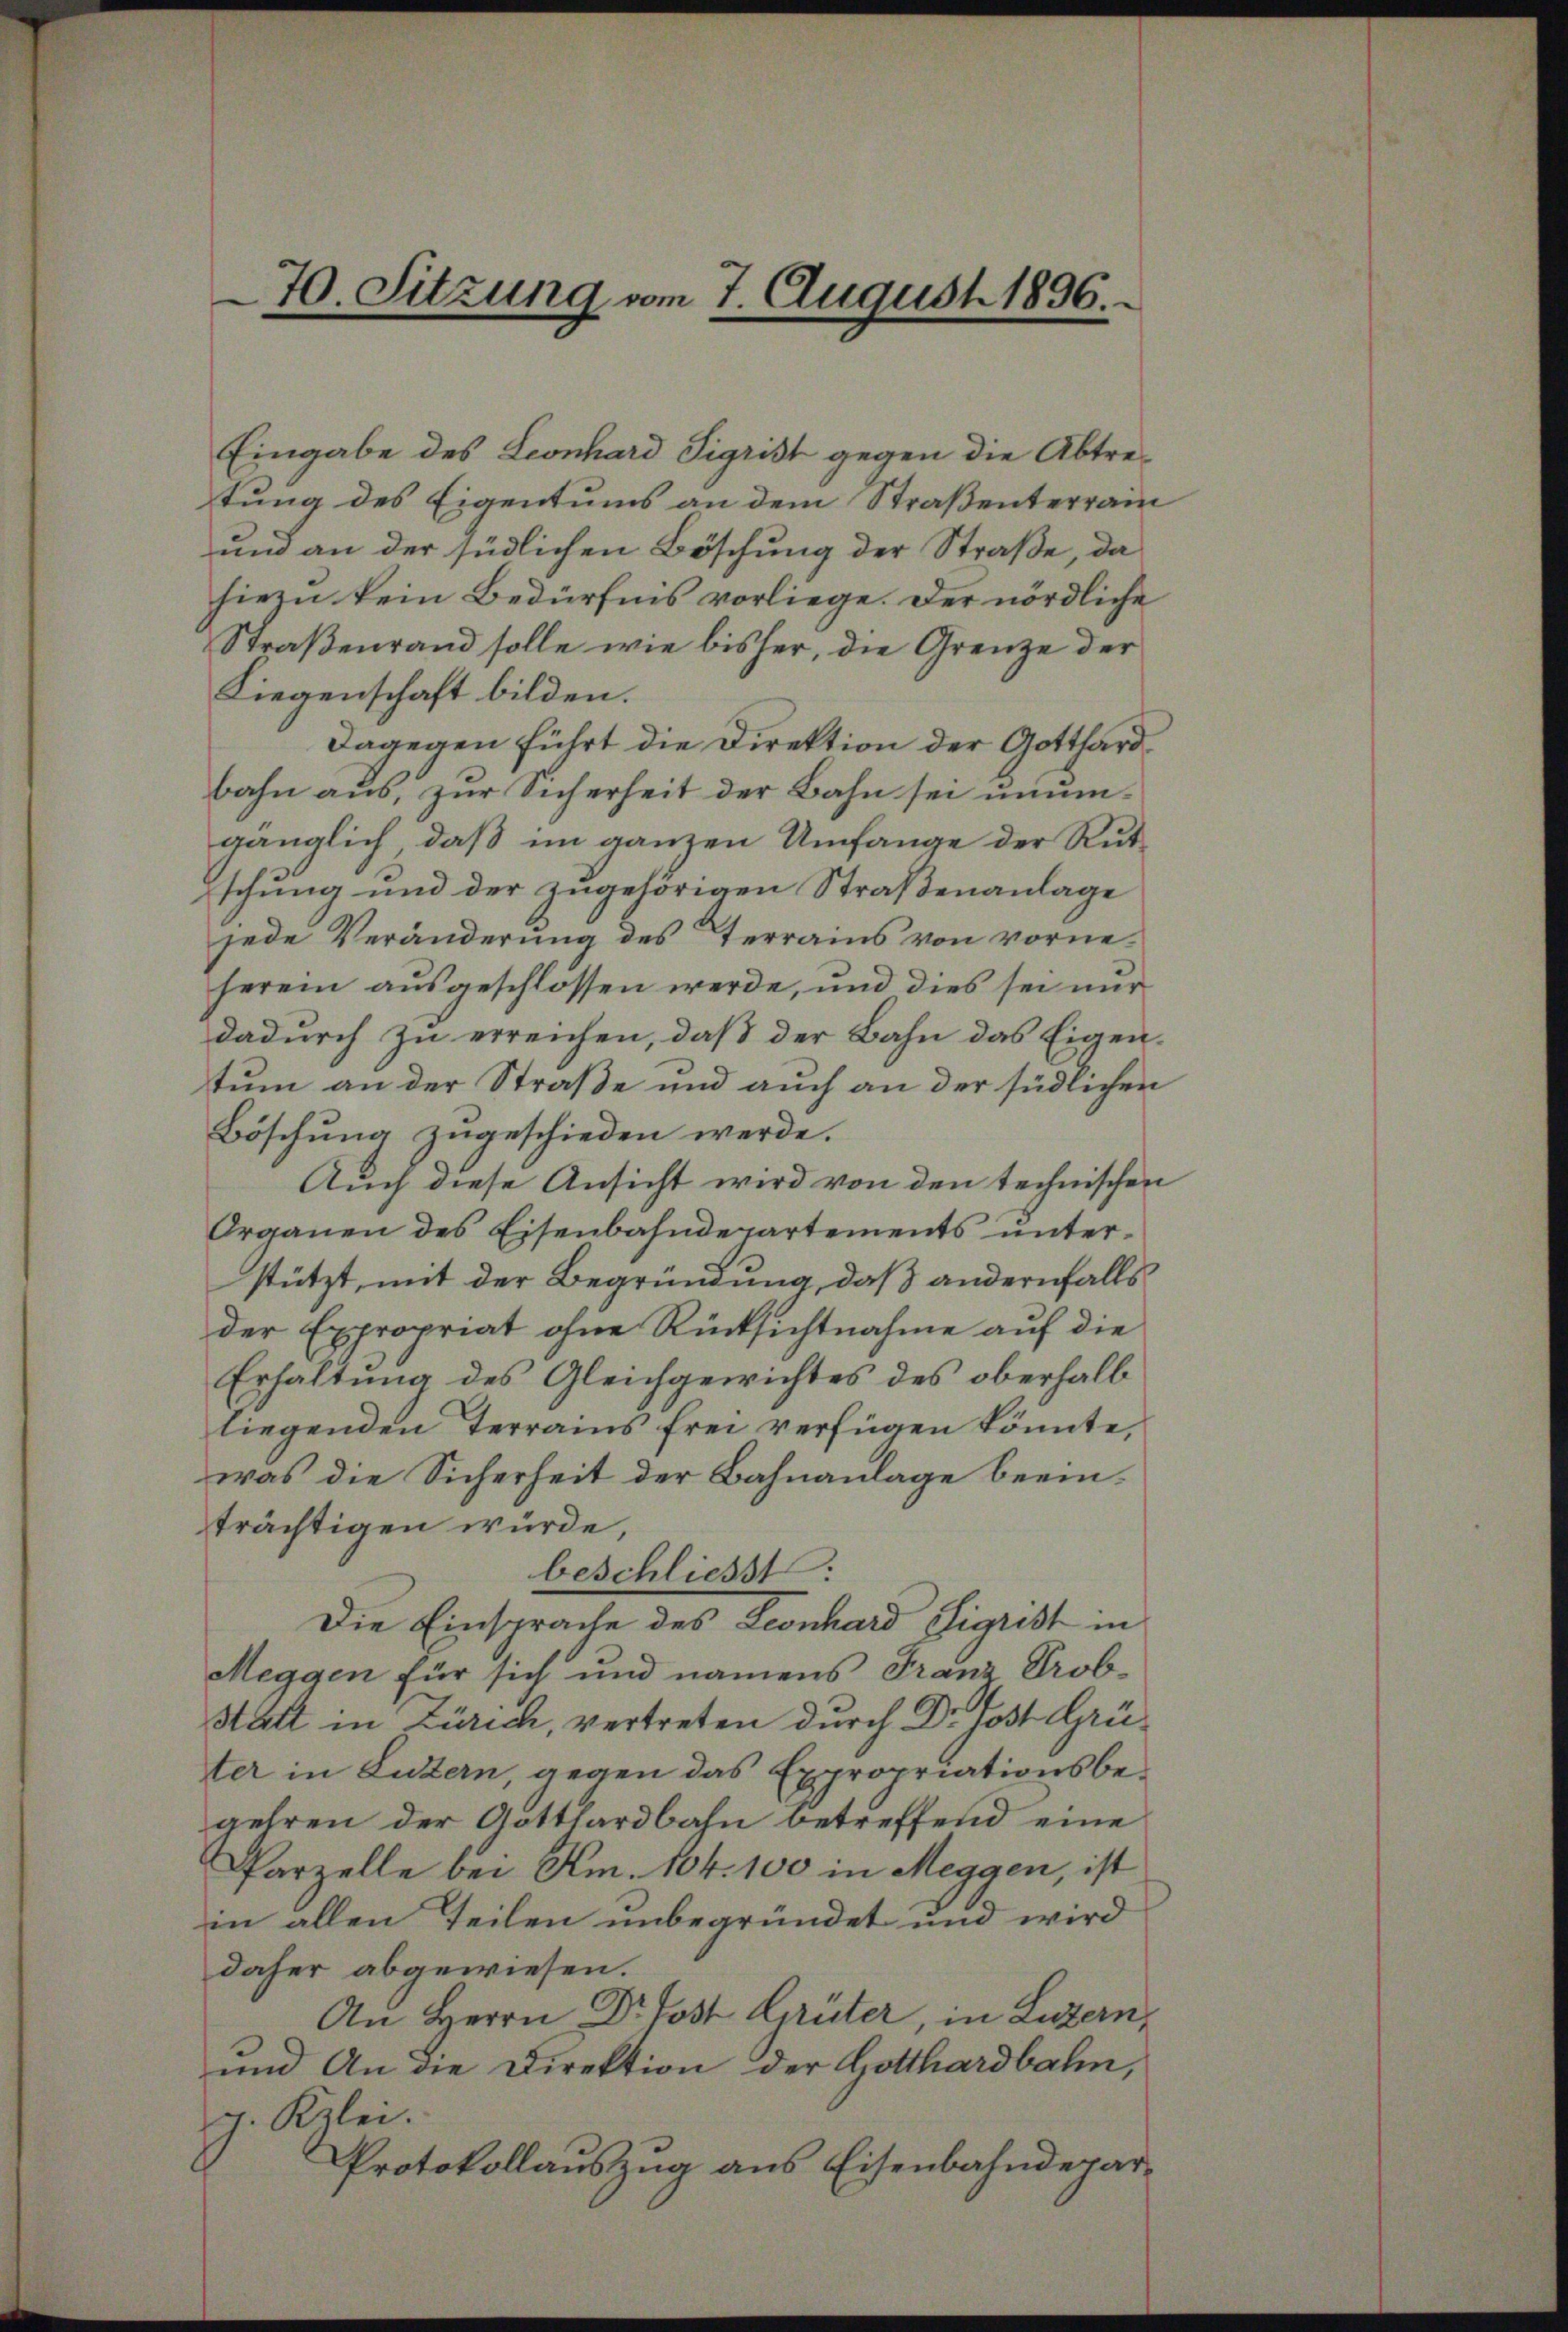
Eingabe des Leonhard Sigrist gegen die Abtretung des Eigentums an dem Straßenterrain
und an der südlichen Böschung der Straße, da
hiezu kein Bedürfnis vorliege. Der nördliche
Straßenrand solle wie bisher, die Grenze der
Liegenschaft bilden.
Dagegen führt die Direktion der Gotthard
bahn aus, zur Sicherheit der Bahn sei unmügänglich, daß im ganzen Umfange der Rutschung und der zugehörigen Straßenanlage
jede Veränderung des Terrains von vorneherein ausgeschlossen werde, und dies sei nur
dadurch zu erreichen, daß der Bahn das Eigentum an der Straße und auch an der südlichen
Böschung zugeschieden werde.
Auch diese Ansicht wird von den technischen
Organen des Eisenbahndepartements unterstützt, mit der Begründung, daß andernfalls
der Expropriat ohne Rücksichtnahme auf die
Erhaltung des Gleichgewichtes des oberhalb
liegenden Terrains frei verfügen könnte,
was die Sicherheit der Bahnanlage beeinträchtigen würde,
beschliesst.
Die Einsprache des Leonhard Sigrist in
Meggen für sich und namens Franz Probstatt in Zürich, vertreten durch Dr Post Grüter in Luzern, gegen das Expropriationsbegehren der Gotthardbahn betreffend eine
Parzelle bei Am. 104. 100 in Meggen, ist
in allen Teilen unbegründet und wird
daher abgewiesen.
An Herrn Dr Jost Lirüter, in Luzern,
und An die Direktion der Gotthardbahn,
g. Kzlei.
Protokollauszug aus Eisenbahndepar¬

70. Sitzung vom 7. August 1896.